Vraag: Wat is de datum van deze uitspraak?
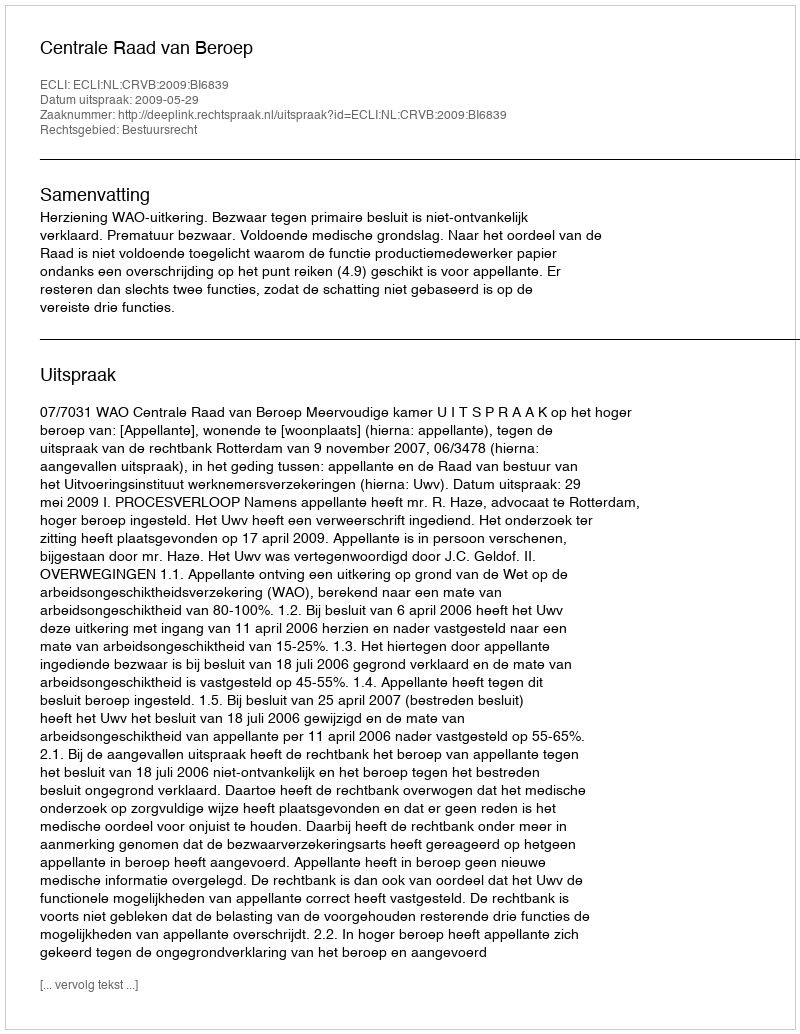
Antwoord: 2009-05-29